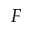
F